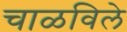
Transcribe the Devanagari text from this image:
चाळविले